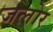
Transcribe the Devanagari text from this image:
जलोर